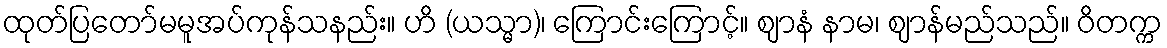
ထုတ်ပြတော်မမူအပ်ကုန်သနည်း။ ဟိ (ယသ္မာ)၊ ကြောင်းကြောင့်။ ဈာနံ နာမ၊ ဈာန်မည်သည်။ ဝိတက္က